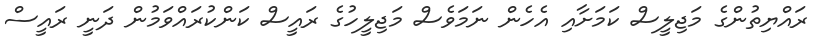
ރައްޔިތުންގެ މަޖިލީސް ކަމަށާއި އެހެން ނަމަވެސް މަޖިލީހުގެ ރައީސް ކަންކުރައްވަމުން ދަނީ ރައީސް